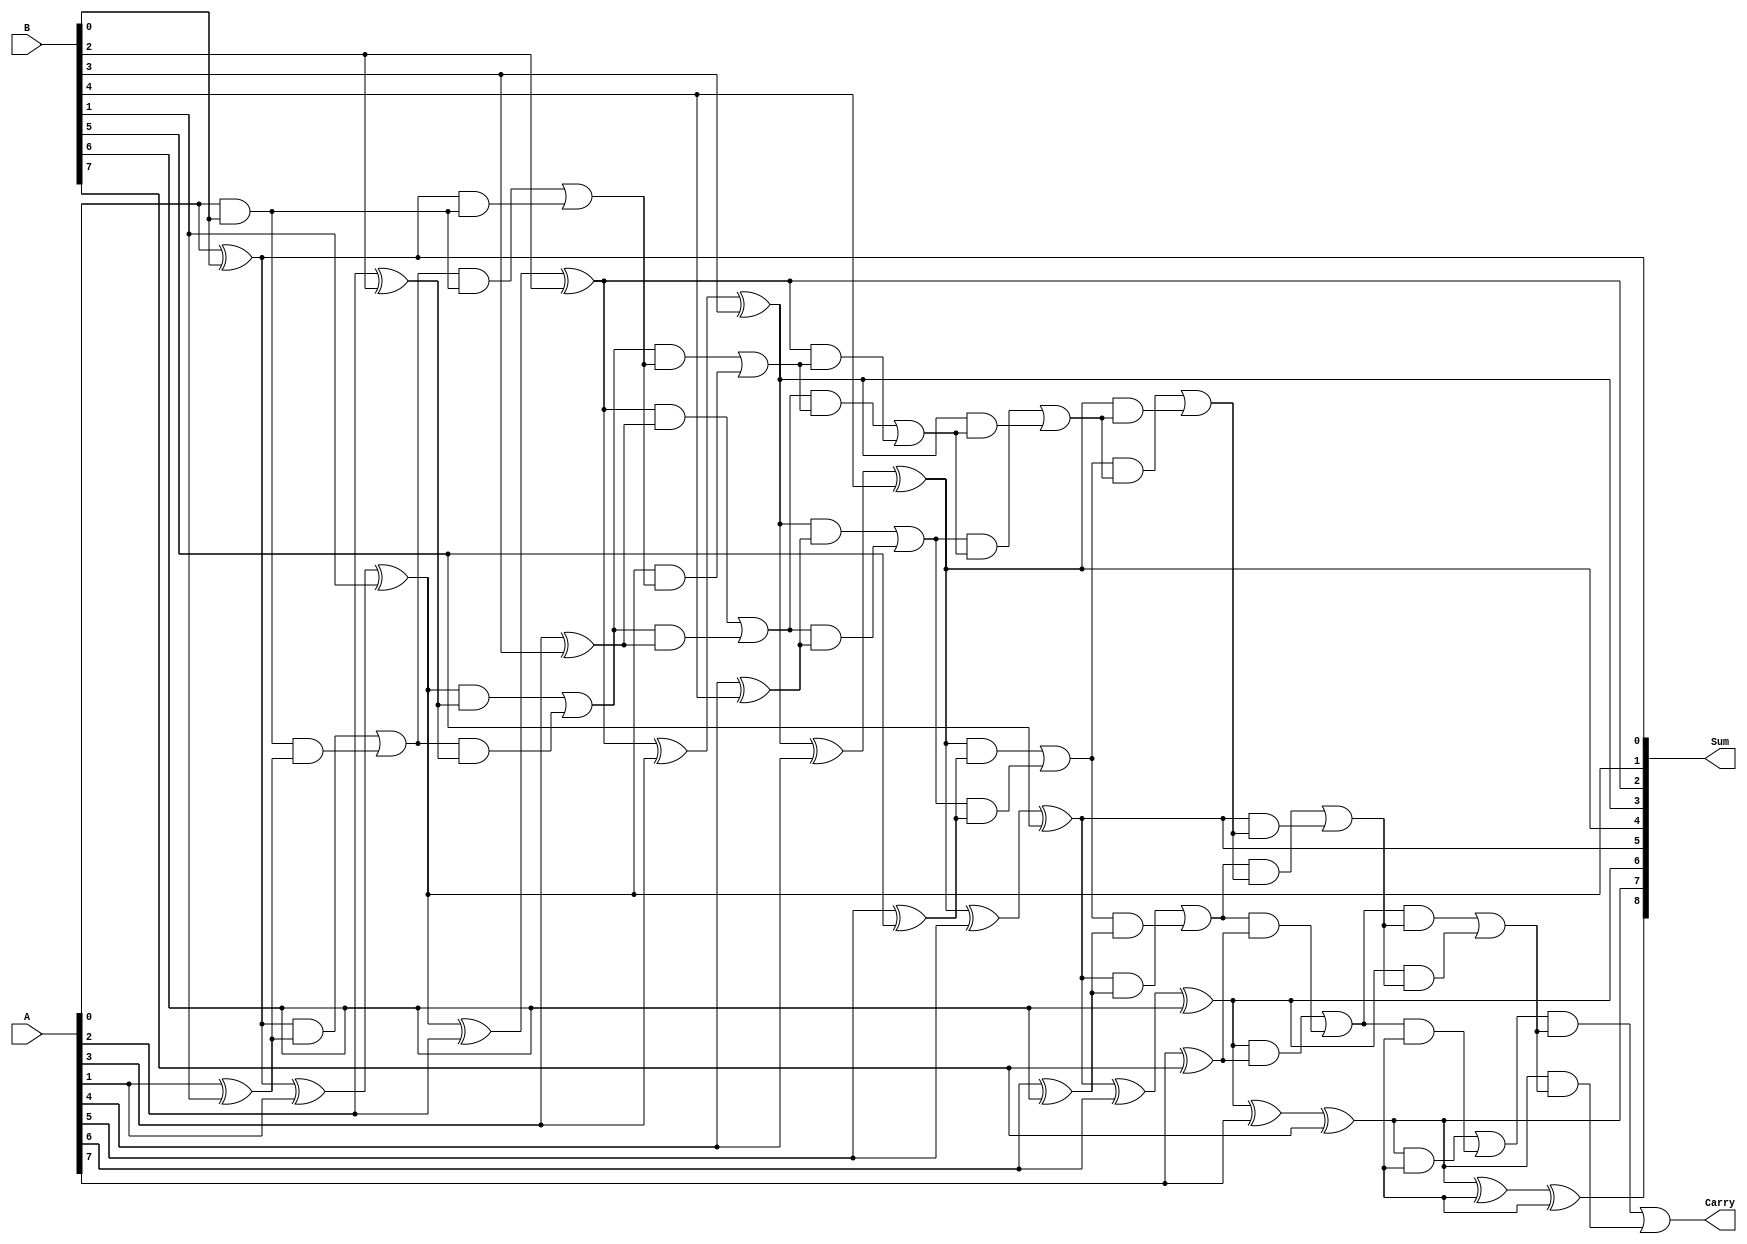
module Kogge_Stone_Adder (
    input [7:0] A, // Input A
    input [7:0] B, // Input B
    output [8:0] Sum, // Output Sum
    output Carry // Output Carry
);

wire [8:0] P; // Array of partial sums
wire [8:0] G; // Array of generate signals
wire [8:0] C; // Array of carry signals

// Generate partial sums and carries
assign P[0] = A[0] ^ B[0];
assign G[0] = A[0] & B[0];
assign C[0] = G[0];
genvar i;
generate
    for(i = 1; i < 9; i = i + 1) begin : gen_block
        assign P[i] = P[i-1] ^ A[i] ^ B[i];
        assign G[i] = (P[i-1] & (A[i] ^ B[i])) | (G[i-1] & (A[i] ^ B[i]));
        assign C[i] = (G[i] & C[i-1]) | (P[i-1] & C[i-1]);
    end
endgenerate

// Final sum and carry
assign Sum = {C[8], P[8:0]};
assign Carry = C[8];

endmodule